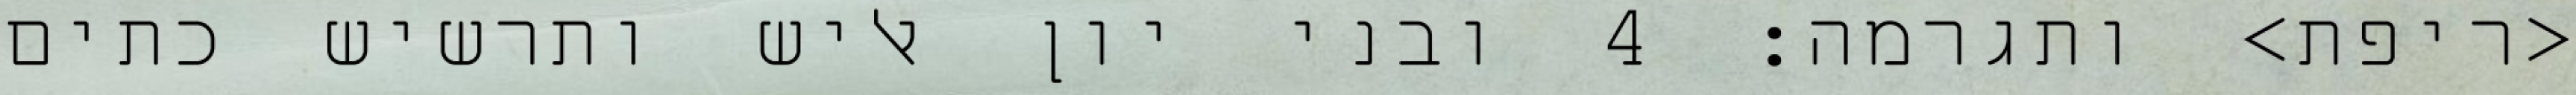
<ריפת> ותגרמה׃ ‎4‏ ובני יון אליש ותרשיש כתים